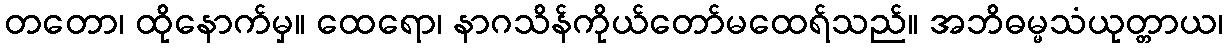
တတော၊ ထိုနောက်မှ။ ထေရော၊ နာဂသိန်ကိုယ်တော်မထေရ်သည်။ အဘိဓမ္မသံယုတ္တာယ၊